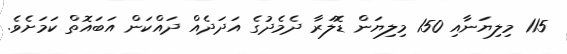
115 މިލިޔަނާއި 150 މިލިޔަން ޑޮލަރާ ދެމެދުގެ އަދަދެއް ދައްކަން އަބައޮތް ކަމަށެވެ.